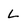
Character: L